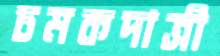
চমকদাত্রী